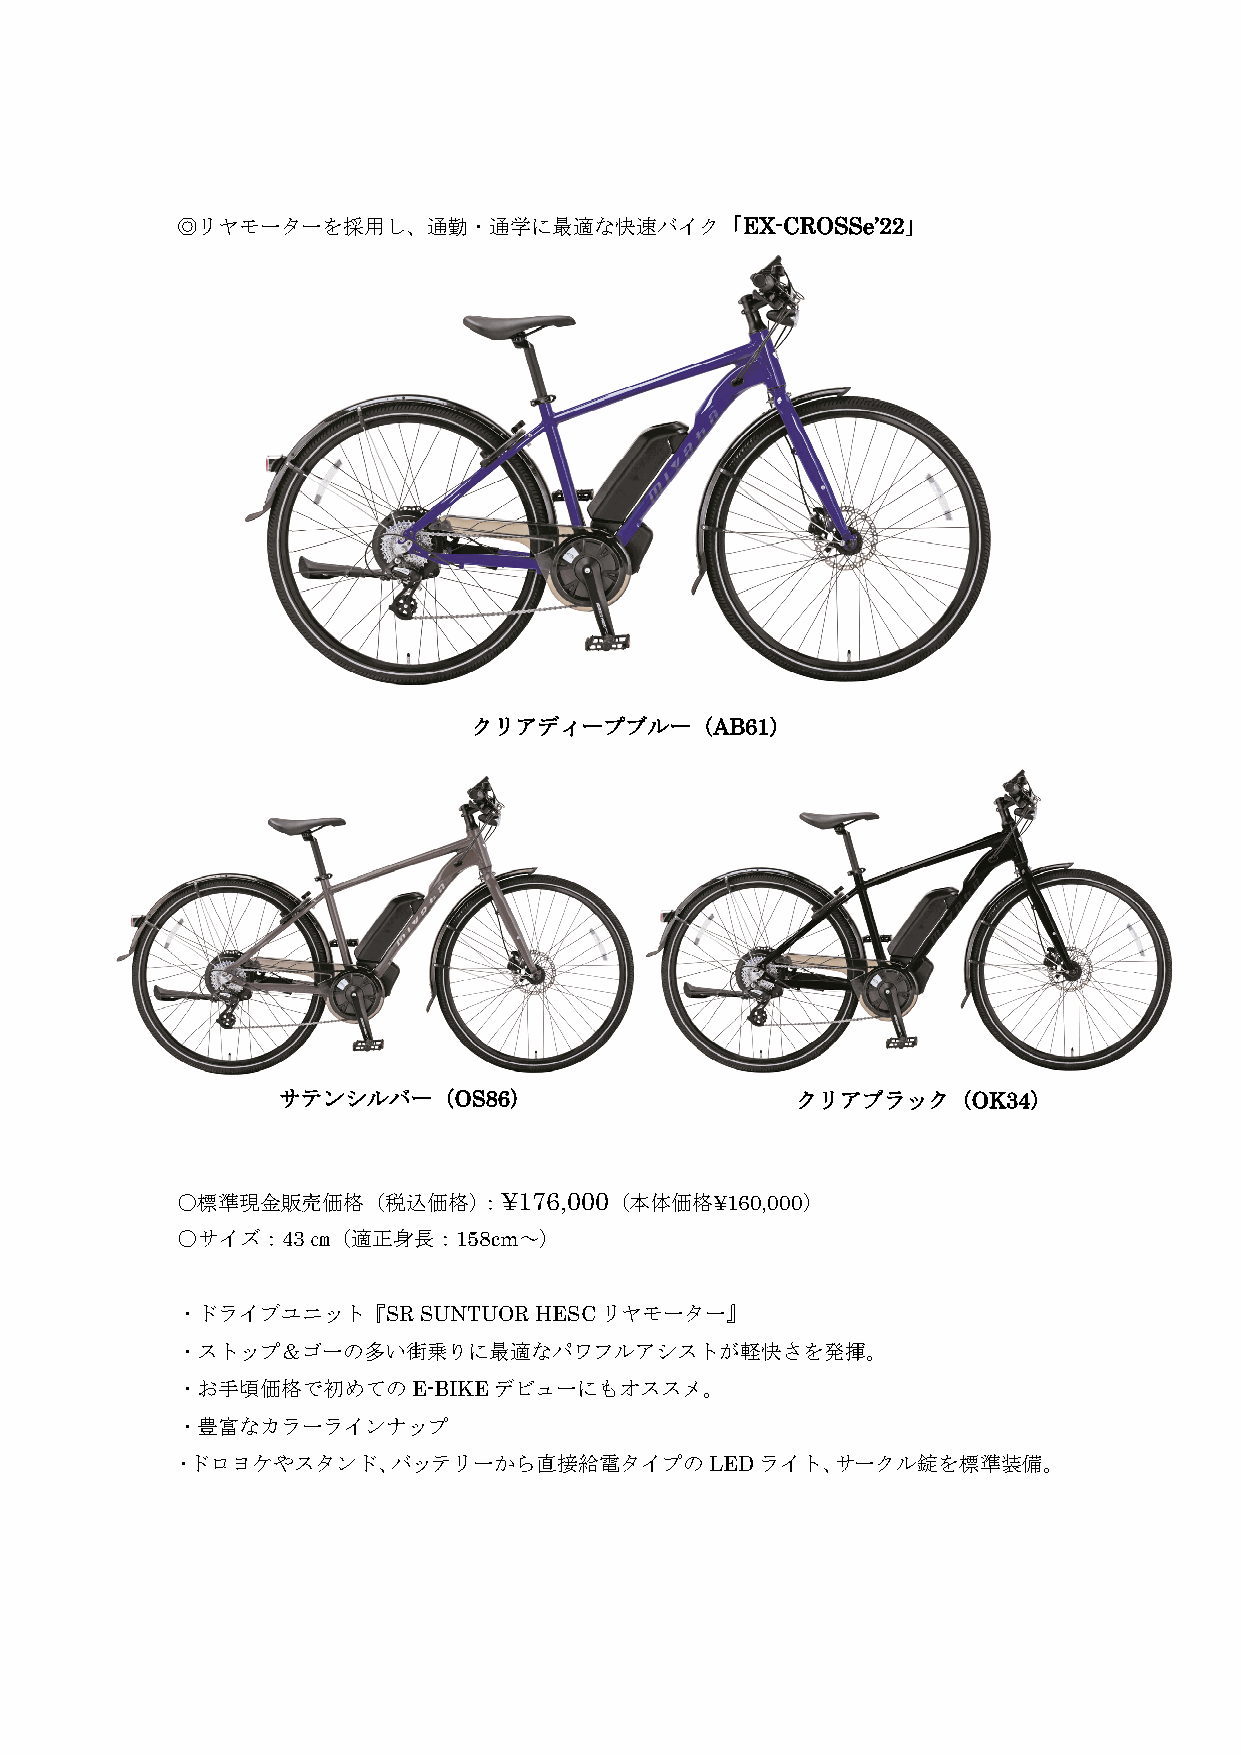
◎リヤモーターを採用し、通勤・通学に最適な快速バイク「EX-CROSSe’22」
 クリアディープブルー（AB61）
 サテンシルバー（OS86）                      クリアブラック（OK34）
 ○標準現金販売価格（税込価格）：¥176,000（本体価格¥160,000）
 ○サイズ：43㎝（適正身長：158cm～）
 ・ドライブユニット『SR    SUNTUOR HESCリヤモーター』
 ・ストップ＆ゴーの多い街乗りに最適なパワフルアシストが軽快さを発揮。
 ・お手頃価格で初めてのE-BIKEデビューにもオススメ。
 ・豊富なカラーラインナップ
 ・ドロヨケやスタンド、バッテリーから直接給電タイプのLEDライト、サークル錠を標準装備。